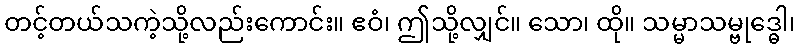
တင့်တယ်သကဲ့သို့လည်းကောင်း။ ဧဝံ၊ ဤသို့လျှင်။ သော၊ ထို။ သမ္မာသမ္ဗုဒ္ဓေါ၊